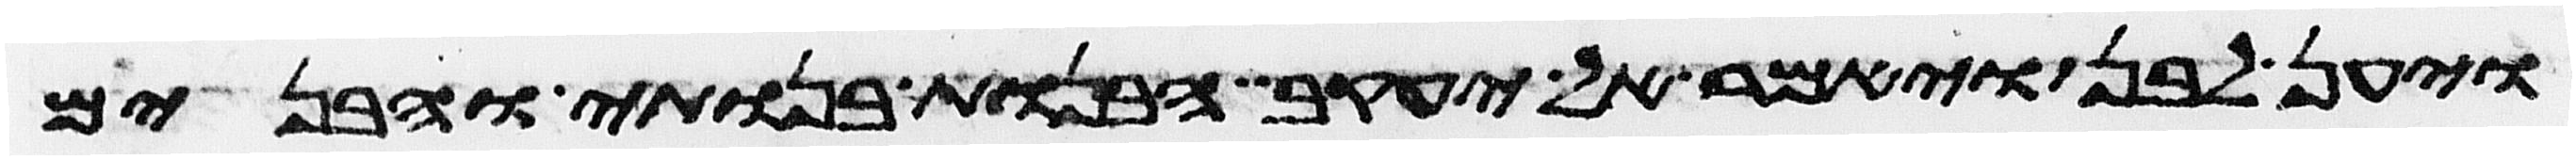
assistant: ויען לבן ויאמר אל יעקב הבנות בנותי והבנים